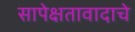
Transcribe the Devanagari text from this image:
सापेक्षतावादाचे